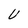
Character: U